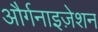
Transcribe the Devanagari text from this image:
और्गनाइज़ेशन